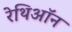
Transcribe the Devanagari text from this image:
रेथिऑन